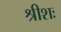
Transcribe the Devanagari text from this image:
श्रीशः